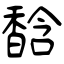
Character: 馠